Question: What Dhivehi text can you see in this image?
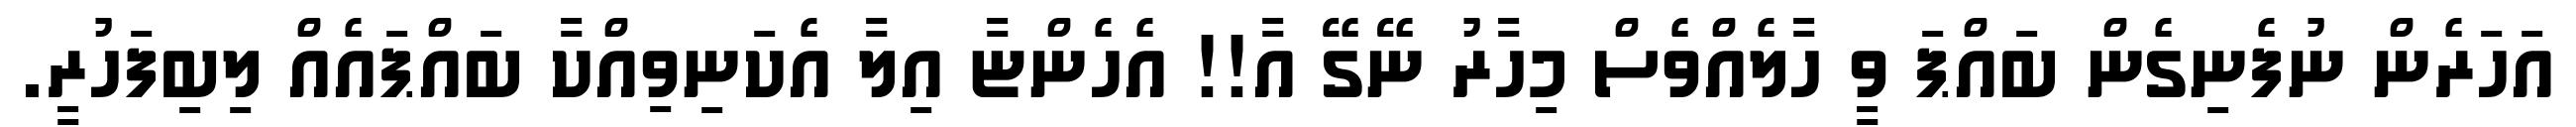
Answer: އަހަރެން ނުފެނިގެން ބައްޕަ ވީ ހާލެއްވެސް މިހާރު ނޭގޭ އާ!! އެހެންޏާ އިލާ އެކަނިވިއްކާ ބައްޕައެއް ލިބިފަހުރީ.